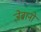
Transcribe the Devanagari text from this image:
ज़ेब्रानो